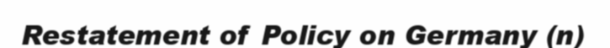
Restatement of Policy on Germany (n)